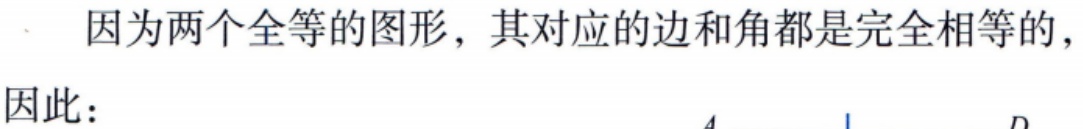
因为两个全等的图形，其对应的边和角都是完全相等的，

因此：